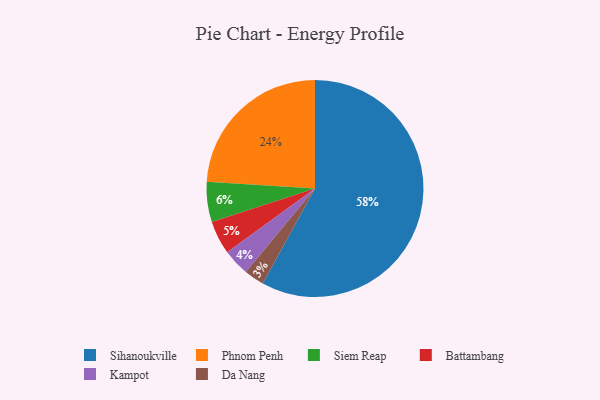
{"axis": {"x": "Category", "y": "Percentage"}, "legend": ["Battambang", "Da Nang", "Kampot", "Phnom Penh", "Siem Reap", "Sihanoukville"], "data": [{"x": "Sihanoukville", "y": 58, "type": "Sihanoukville"}, {"x": "Kampot", "y": 4, "type": "Kampot"}, {"x": "Battambang", "y": 5, "type": "Battambang"}, {"x": "Phnom Penh", "y": 24, "type": "Phnom Penh"}, {"x": "Siem Reap", "y": 6, "type": "Siem Reap"}, {"x": "Da Nang", "y": 3, "type": "Da Nang"}]}